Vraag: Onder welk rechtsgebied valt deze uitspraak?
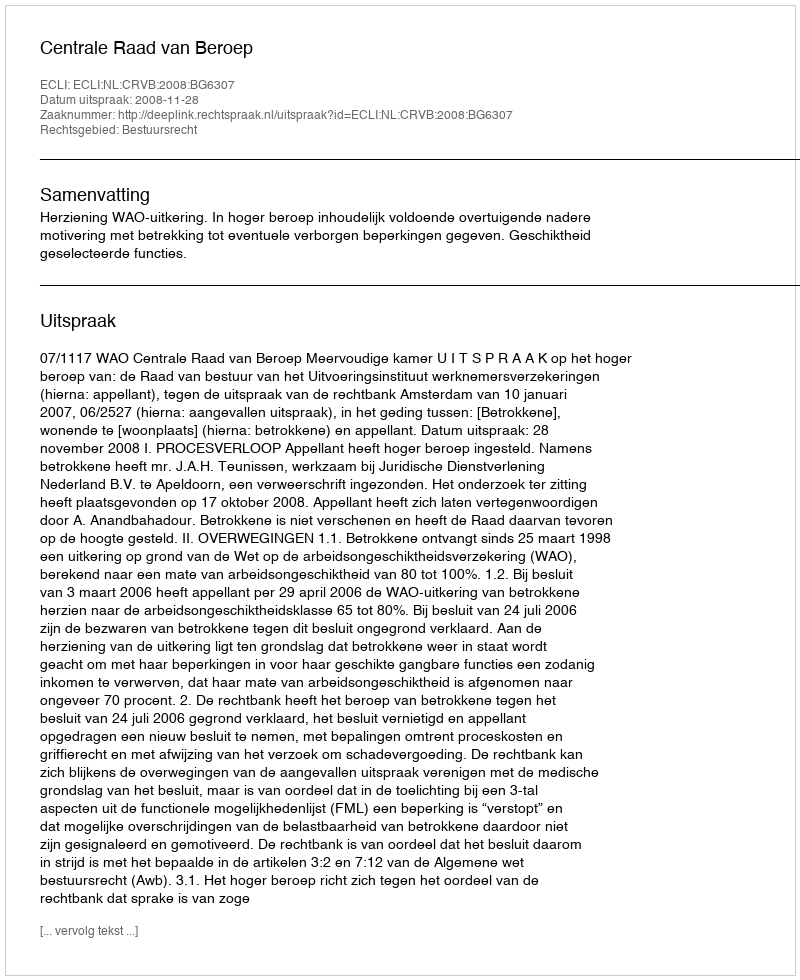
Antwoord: Bestuursrecht